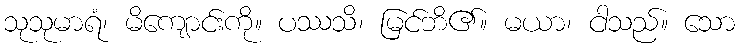
သုသုမာရံ၊ မိကျောင်းကို။ ပဿသိ၊ မြင်ဘိ၏။ မယာ၊ ငါသည်။ သော